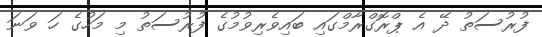
ފުރުސަތު ދޭ އެ ޕްރޮގްރާމްގައި ބައިވެރިވުމުގެ ފުރުސަތު މި މަހުގެ ހަ ވަނަ